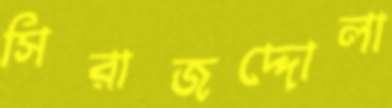
সিরাজদ্দোলা